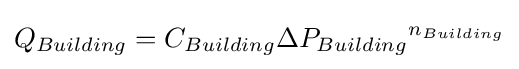
Q_{Building}=C_{Building}{{\Delta }P_{Building}}^{n_{Building}}\,\!